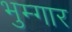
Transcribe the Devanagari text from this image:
भुम्गार